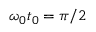
\omega _ { 0 } t _ { 0 } = \pi / 2